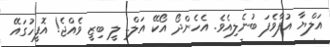
އަލްޔާ އުފާވެފަ ބުނެލިއެވެ. އެހެންދޯ އޯކޭ އަލް.. ލީ ބިޒީ ވެއްޖެ! އޮފީހުގައޭ